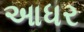
આધર